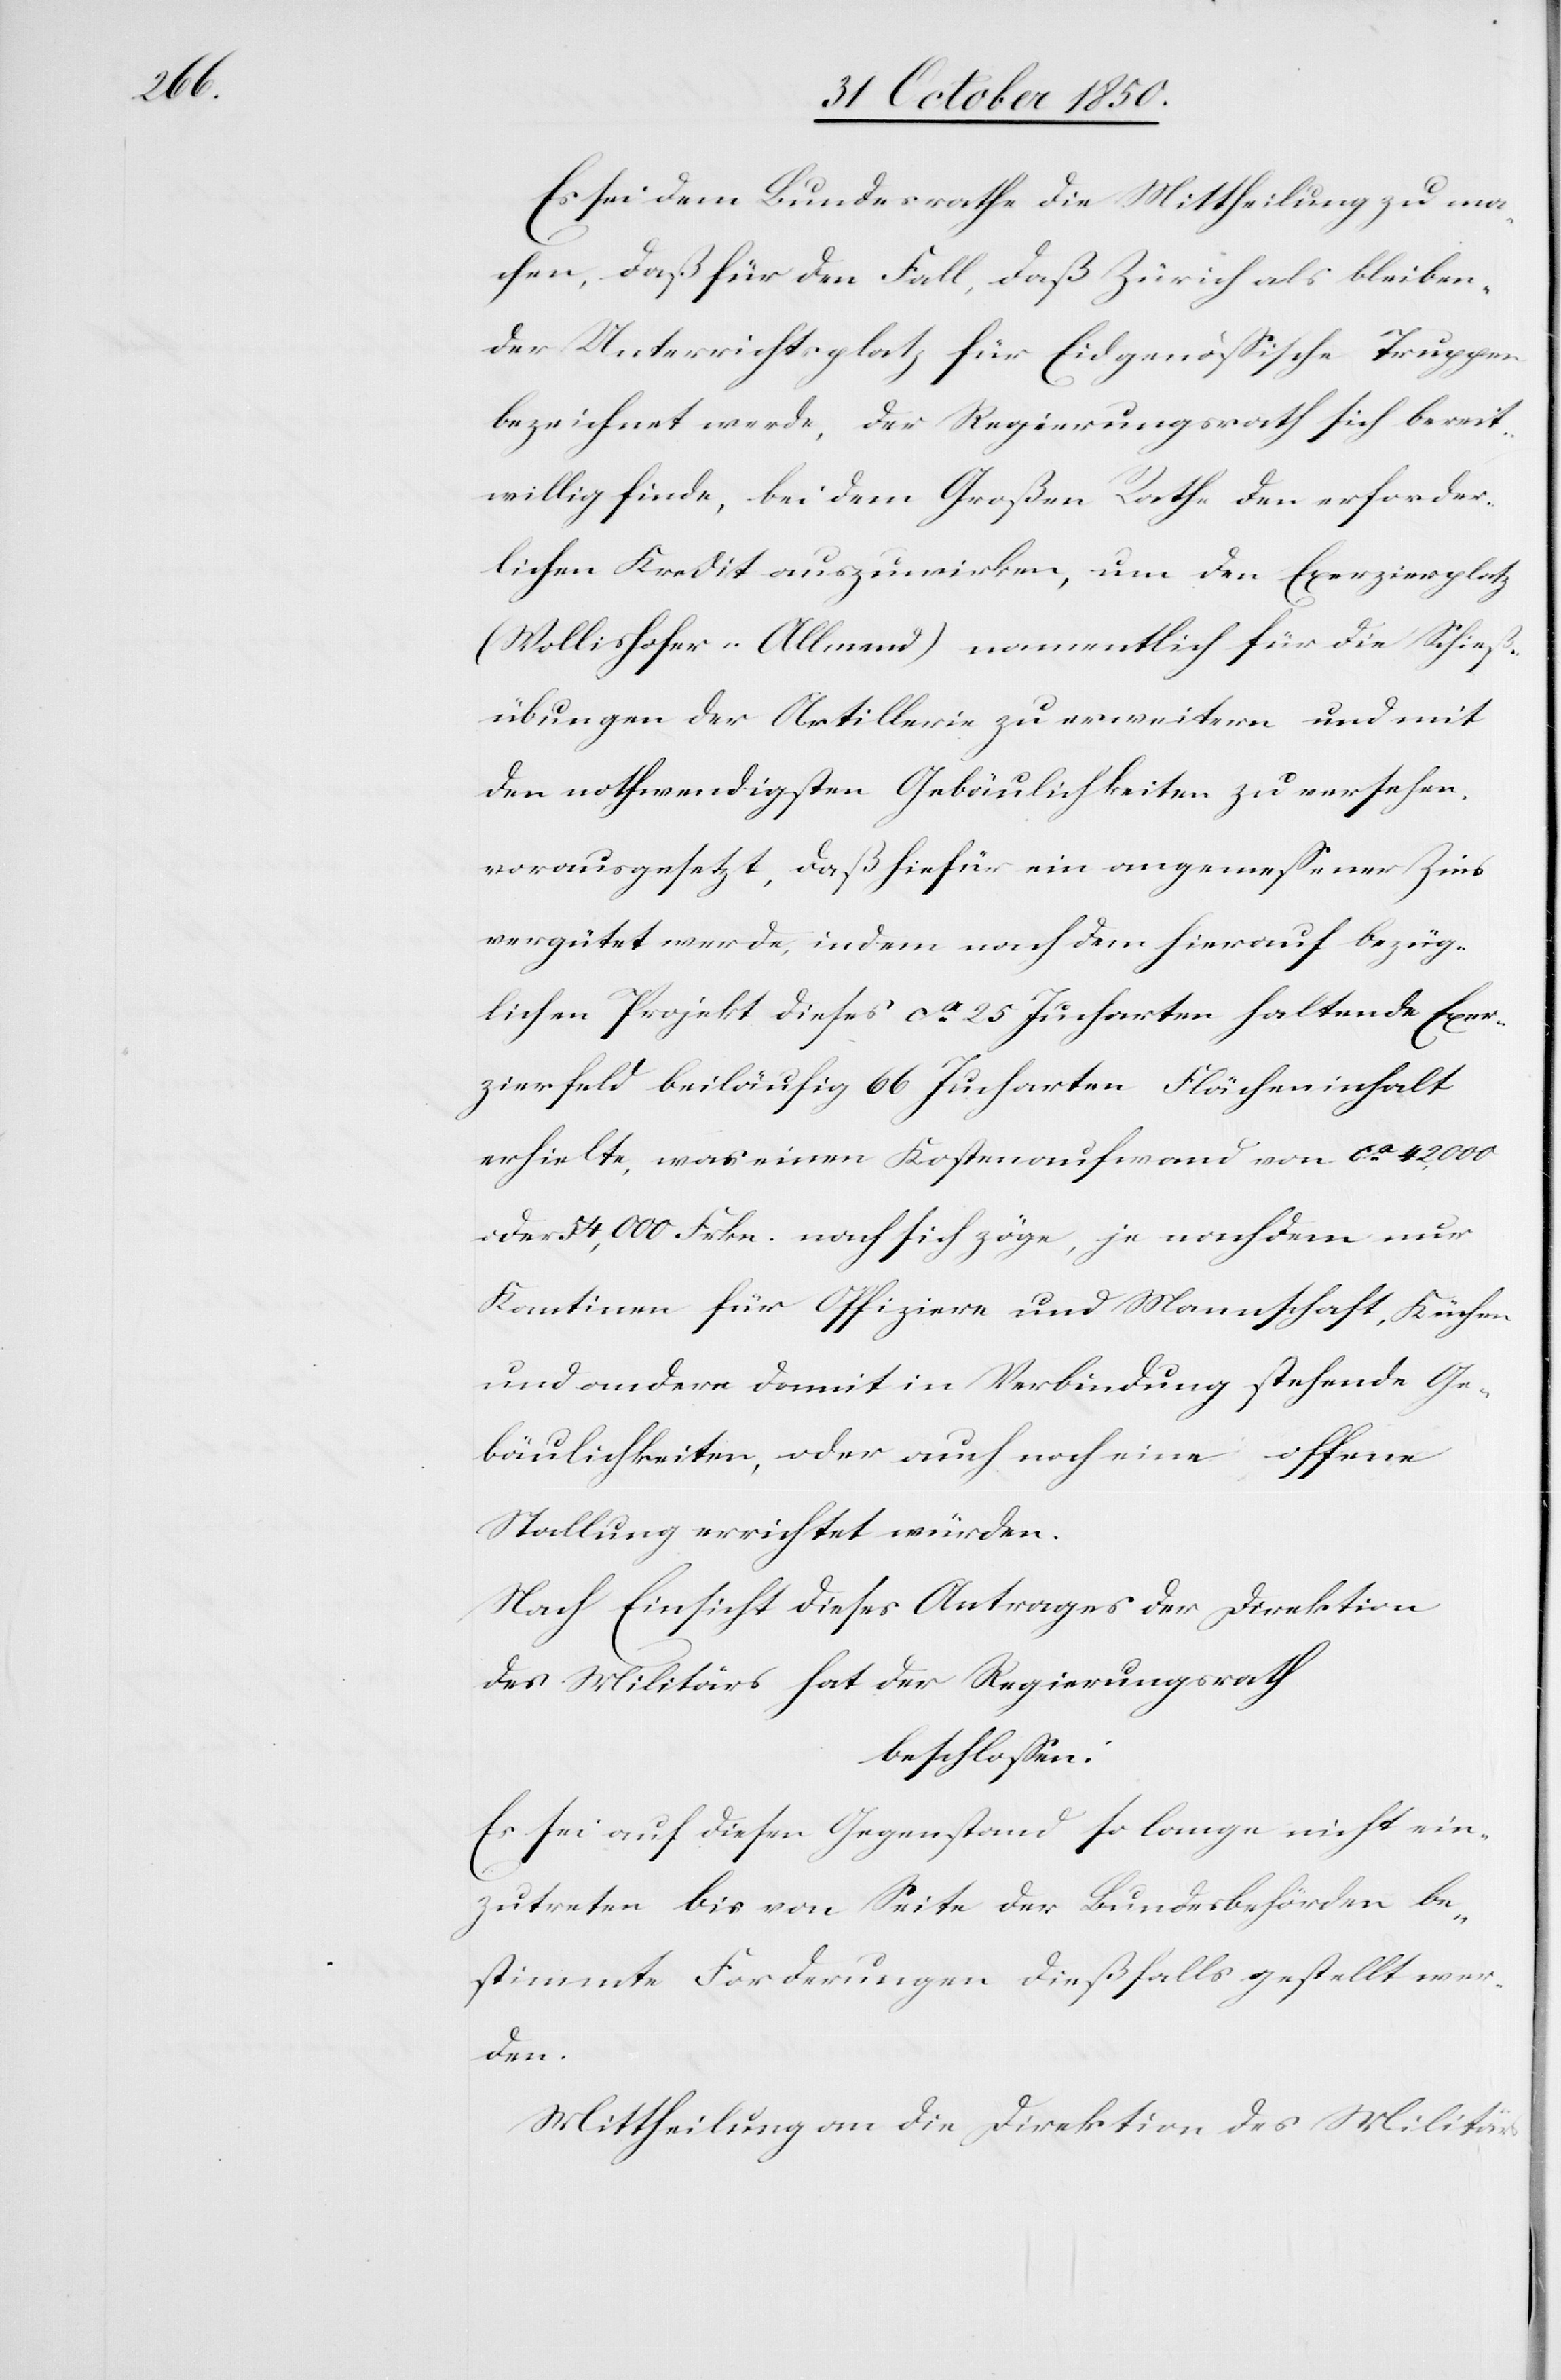
Es sei dem Bundesrathe die Mittheilung zu ma¬
chen, daß für den Fall, daß Zürich als bleiben¬
der Unterrichtsplatz für Eidgenössische Truppen
bezeichnet werde, der Regierungsrath sich bereit¬
willig finde, bei dem Großen Rathe den erforder¬
lichen Kredit auszuwirken, um den Exerzierplatz
(Wollishofer-Allmend) namentlich für die Schieß¬
übungen der Artillerie zu erweitern und mit
den nothwendigsten Gebäulichkeiten zu versehen,
vorausgesetzt, daß hiefür ein angemessener Zins
vergütet werde, indem nach dem hierauf bezüg¬
lichen Projekt dieses ca 25 Jucharten haltende Exer¬
zierfeld beiläufig 66 Jucharten Flächeninhalt
erhielte, was einen Kostenaufwand von ca 42,000
oder 54,000 Frkn. nach sich zöge, je nachdem nur
Kantinen für Offiziere und Mannschaft, Küchen
und andere damit in Verbindung stehende Ge¬
bäulichkeiten, oder auch noch eine offene
Stallung errichtet würden.
Nach Einsicht dieses Antrages der Direktion
des Militärs hat der Regierungsrath
beschlossen:
Es sei auf diesen Gegenstand so lange nicht ein¬
zutreten bis von Seite der Bundesbehörden be¬
stimmte Forderungen dießfalls gestellt wer¬
den.
Mittheilung an die Direktion des Militärs